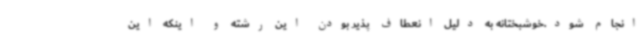
انجام شود.خوشبختانه به دلیل انعطاف پذیر بودن این رشته و اینکه این